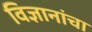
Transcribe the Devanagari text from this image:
विज्ञानांचा